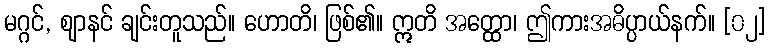
မဂ္ဂင်, ဈာနင် ချင်းတူသည်။ ဟောတိ၊ ဖြစ်၏။ ဣတိ အတ္ထော၊ ဤကားအဓိပ္ပာယ်နက်။ [၀၂]